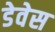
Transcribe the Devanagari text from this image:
डेवेस